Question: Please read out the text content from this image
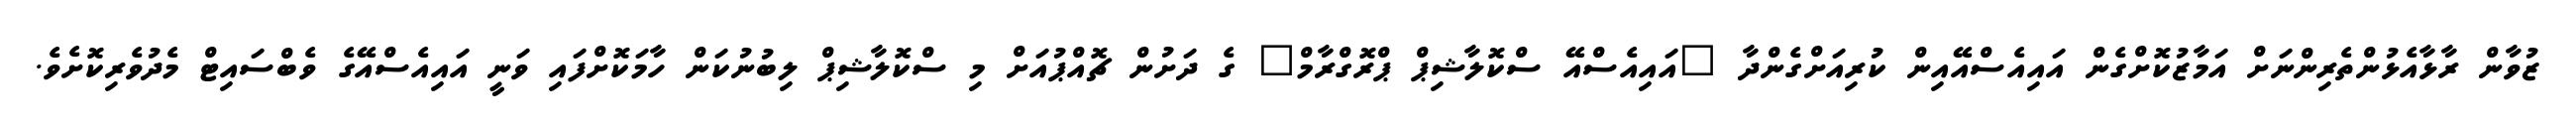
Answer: ޒުވާން ރާޅާއެޅުންތެރިންނަށް އަމާޒުކޮށްގެން އައިއެސްއޭއިން ކުރިއަށްގެންދާ "އައިއެސްއޭ ސްކޮލާޝިޕް ޕްރޮގްރާމް" ގެ ދަށުން ޗޮއްޕުއަށް މި ސްކޮލާޝިޕް ލިބުނުކަން ހާމަކޮށްފައި ވަނީ އައިއެސްއޭގެ ވެބްސައިޓް މެދުވެރިކޮށެވެ.